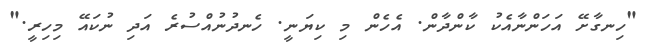
"ހިނގާށޭ އަހަންނާއެކު ކާންދާން. އެހެން މި ކިޔަނީ. ހެނދުނުއްސުރެ އަދި ނުކައޭ މިހިރީ."